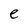
Character: e